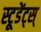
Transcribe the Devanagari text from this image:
स्टूडेंट्स्